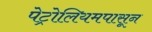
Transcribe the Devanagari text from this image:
पेट्रोलियमपासून